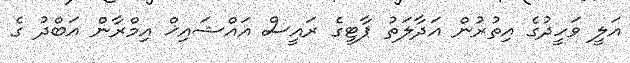
އަލީ ވަހީދުގެ އިތުރުން އަދާލަތު ޕާޓީގެ ރައީސް އައްޝައިޚް އިމްރާން އަބްދު ގެ